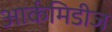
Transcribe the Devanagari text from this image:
आर्कमिडीज